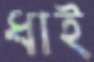
ধাই